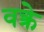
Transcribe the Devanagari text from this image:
वक्त्रे